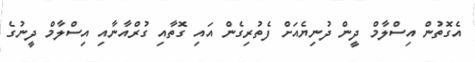
އެގޮތުން އިސްލާމް ދީން ދުނިޔެއަށް ފެތުރިގެން އައި ގޮތާއި ގުރްއާނާއި އިސްލާމް ދީނުގެ